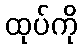
ထုပ်ကို